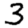
Digit: 3